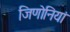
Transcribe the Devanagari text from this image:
जिणोनियां